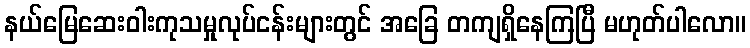
နယ်မြေဆေးဝါးကုသမှုလုပ်ငန်းများတွင် အခြေ တကျရှိနေကြပြီ မဟုတ်ပါလော။